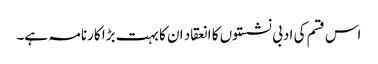
اس قسم کی ادبی نشستوں کا انعقاد ان کا بہت بڑا کارنامہ ہے۔